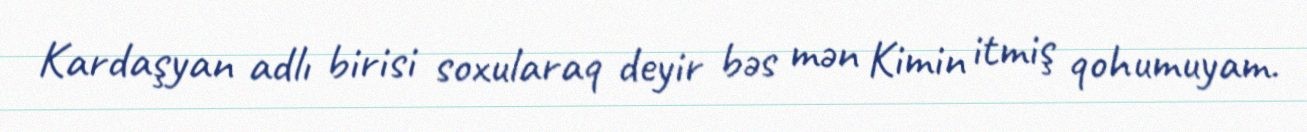
Kardaşyan adlı birisi soxularaq deyir bəs mən Kimin itmiş qohumuyam.